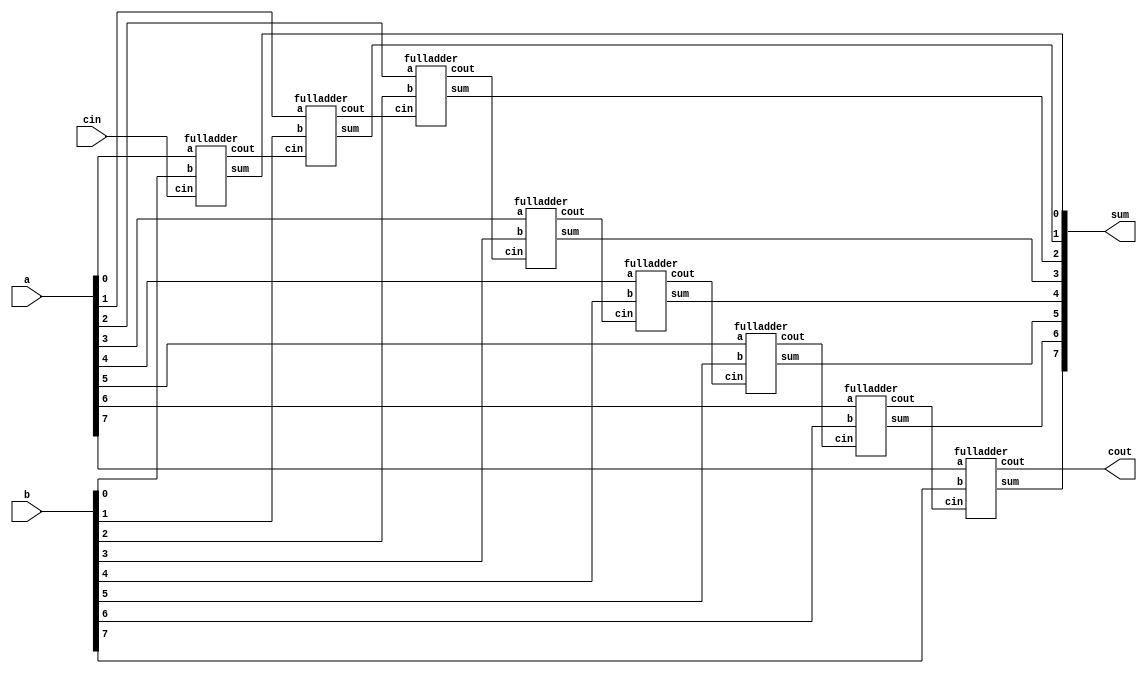
`timescale 1ns / 1ps
//////////////////////////////////////////////////////////////////////////////////
//Group_ID=69;
//Satyendra Kumar Banjare[15114064];
//Dharmveer Dhar Dwivedi [15114025];
//adder_8bit----addition of two 8 bit signed number;
//////////////////////////////////////////////////////////////////////////////////
module adder_8bit(a,b,cin,sum,cout );
input [7:0]a,b;
input cin;
output [7:0]sum;
output cout;

wire [6:0]c;

fulladder a1(a[0],b[0],cin,sum[0],c[0]);
fulladder a2(a[1],b[1],c[0],sum[1],c[1]);
fulladder a3(a[2],b[2],c[1],sum[2],c[2]);
fulladder a4(a[3],b[3],c[2],sum[3],c[3]);
fulladder a5(a[4],b[4],c[3],sum[4],c[4]);
fulladder a6(a[5],b[5],c[4],sum[5],c[5]);
fulladder a7(a[6],b[6],c[5],sum[6],c[6]);
fulladder a8(a[7],b[7],c[6],sum[7],cout);

endmodule



module fulladder(a,b,cin,sum,cout);

input a,b,cin;
output sum,cout;

assign sum=(a^b^cin);
assign cout=((a&b)|(b&cin)|(a&cin));

endmodule